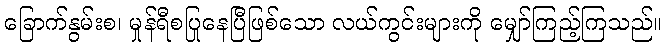
ခြောက်နွမ်းစ၊ မှုန်ရီစပြုနေပြီဖြစ်သော လယ်ကွင်းများကို မျှော်ကြည့်ကြသည်။